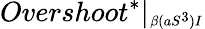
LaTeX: Overshoot^{*}|_{\substack{_{\beta(aS^{3})I}}}